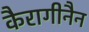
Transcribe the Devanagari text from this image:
कैरागीनैन